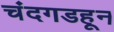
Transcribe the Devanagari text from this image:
चंदगडहून